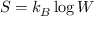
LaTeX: S = k _ { B } \log W